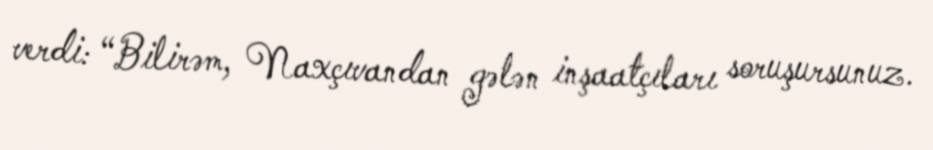
verdi: “Bilirəm, Naxçıvandan gələn inşaatçıları soruşursunuz.